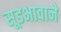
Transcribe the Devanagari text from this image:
सूडभावाने